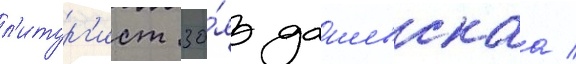
л'итург'ист зо́я дашевскаа /